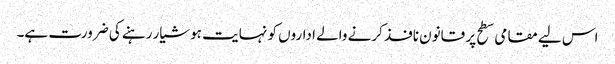
اس لیے مقامی سطح پر قانون نافذ کرنے والے اداروں کو نہایت ہوشیار رہنے کی ضرورت ہے۔